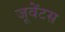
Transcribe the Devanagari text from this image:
जूवेंटस